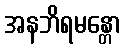
အနဘိရမန္တော